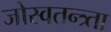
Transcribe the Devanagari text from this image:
जोस्वतन्त्र्ता